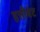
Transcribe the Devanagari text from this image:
हत्तीबेट